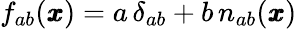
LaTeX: f_{ab}({\pmb x})=a\, \delta_{ab}+b\, n_{ab}(\pmb x)